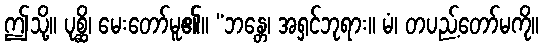
ဤသို့။ ပုစ္ဆိ၊ မေးတော်မူ၏။ “ဘန္တေ၊ အရှင်ဘုရား။ မံ၊ တပည့်တော်မကို။